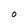
Character: O